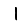
Digit: 1